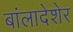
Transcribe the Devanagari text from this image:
बांलादेशेर